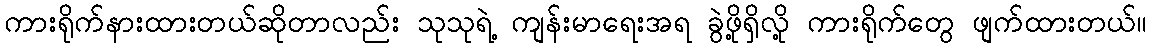
ကားရိုက်နားထားတယ်ဆိုတာလည်း သုသုရဲ့ ကျန်းမာရေးအရ ခွဲဖို့ရှိလို့ ကားရိုက်တွေ ဖျက်ထားတယ်။